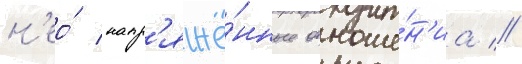
н'ео́ напр'яжё́нные отноше́н'иа //